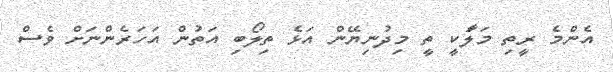
އެންމެ ރީތި މަލަާކީ ތީ މިދުނިޔޭން އަޅެ ތިލޯބި އަތުން އަހަރެންނަށް ވެސް